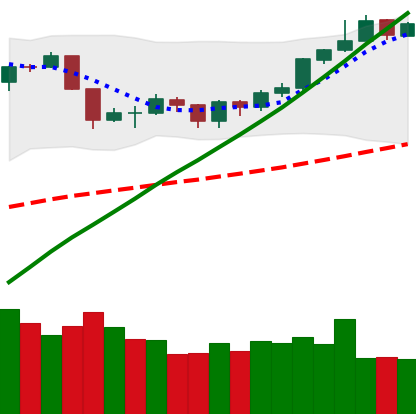
Ticker: BTC-USD
Chart end date: 2019-06-19
Forward return: 18.737%
Label: up_7plus